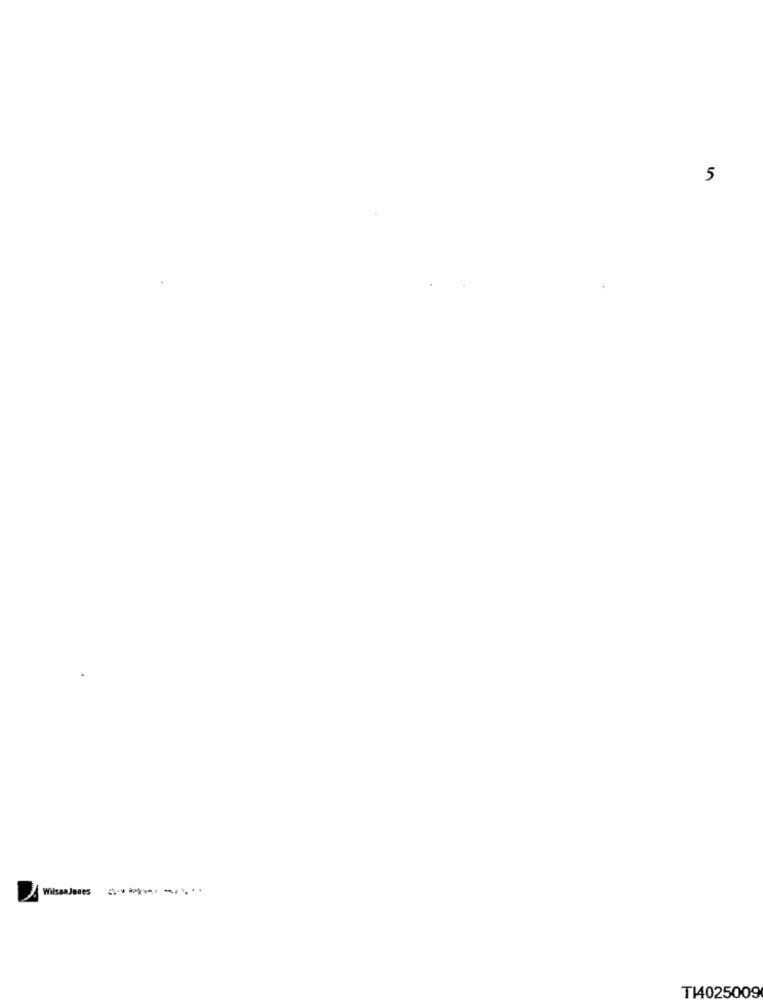
5
WilsonJones -. . ..
T14025009